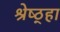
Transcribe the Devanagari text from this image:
श्रेष्ठ्हा